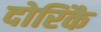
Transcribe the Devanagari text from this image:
दोरिकै